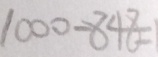
1 0 0 0 - 8 4 8 = 1